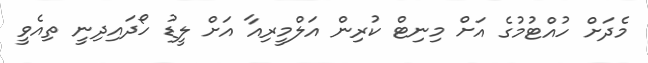
މެދަށް ހުއްޓުމުގެ އަށް މިނިޓް ކުރިން އަލްމީރިއާ އަށް ލީޑު ހޯދައިދިނީ ތިއެވީ